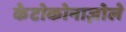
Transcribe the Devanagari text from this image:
केटोकोनाज़ोले